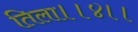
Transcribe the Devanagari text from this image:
तिला।।४।।